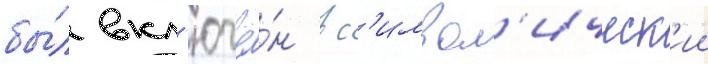
бы́л вкл'ючё́н в с'имвол'ическ'ии